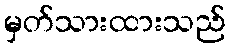
မှတ်သားထားသည်